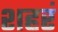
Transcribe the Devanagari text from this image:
शहरं